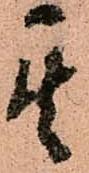
其